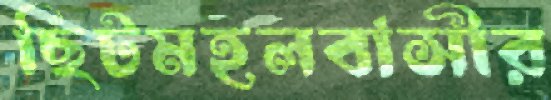
ছিটমহলবাসীর